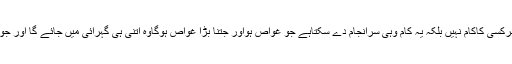
کلامِ اقبا ل رحمۃ اللہ علیہ مثل سمندرہے اور سمندرمیں سے گوہرِ نایاب تلاش کرنا ہرکسی کاکام نہیں بلکہ یہ کام وہی سرانجام دے سکتاہے جو غوّاص ہواور جتنا بڑا غوّاص ہوگاوہ اتنی ہی گہرائی میں جائے گا اور جوکوئی جتنی گہرائی میں جائے گا اسی قدر عمدہ اور اعلیٰ گوہرتلاش کرکے لائے گا۔